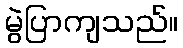
မွဲပြာကျသည်။